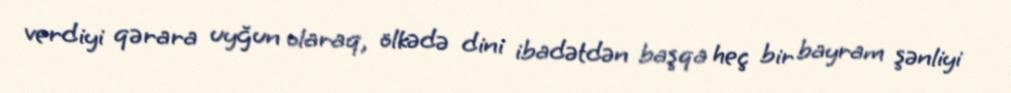
verdiyi qərara uyğun olaraq, ölkədə dini ibadətdən başqa heç bir bayram şənliyi